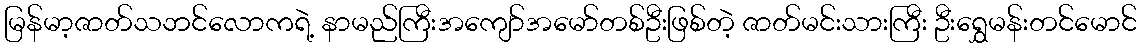
မြန်မာ့ဇာတ်သဘင်လောကရဲ့ နာမည်ကြီးအကျော်အမော်တစ်ဦးဖြစ်တဲ့ ဇာတ်မင်းသားကြီး ဦးရွှေမန်းတင်မောင်